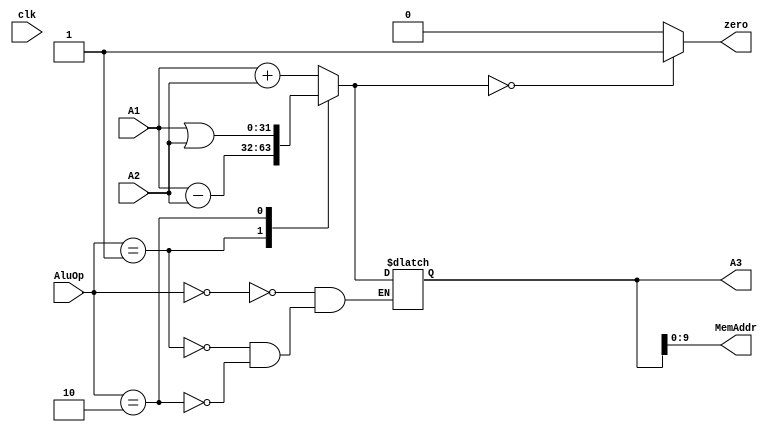
`timescale 1ns / 1ps
//////////////////////////////////////////////////////////////////////////////////
// Company: 
// Engineer: 
// 
// Design Name: 
// Module Name:    alu 
// Project Name: 
// Target Devices: 
// Tool versions: 
// Description: 
//
// Dependencies: 
//
// Revision: 
// Revision 0.01 - File Created
// Additional Comments: 
//
//////////////////////////////////////////////////////////////////////////////////
module alu(
	 input clk,
    input [31:0] A1,
    input [31:0] A2,
	 input [1:0] AluOp,
    output [31:0] A3,
    output zero,
	 output [11:2] MemAddr
    );
	reg [31:0] sum;
	reg ze;
	initial begin
		sum=0;
		ze=0;
	end
	 
always@*begin
	case(AluOp)
		0:begin
			sum=A1+A2;
		end
		1:begin
			sum=A1-A2;
		end
		2:begin
			sum=A1|A2;
		end
	endcase
	
	if(sum==0)begin
		ze=1;
	end
	else begin
		ze=0;
	end
	
end
assign A3=sum;
assign zero=ze;
assign MemAddr=sum;

endmodule